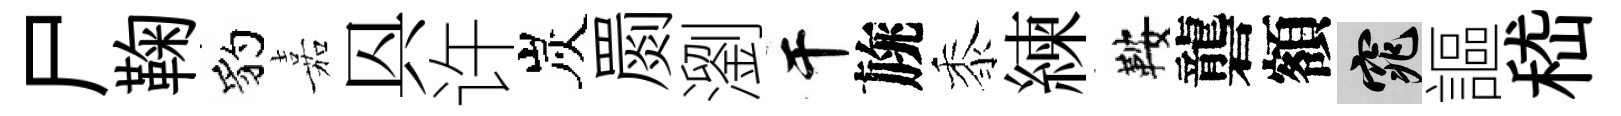
尸鞠豹嘉㒷许炭罽瀏干旐黍練鞍礱額窕謳嵇